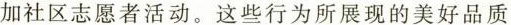
加社区志愿者活动。这些行为所展现的美好品质